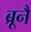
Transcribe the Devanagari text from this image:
ब्रूनै